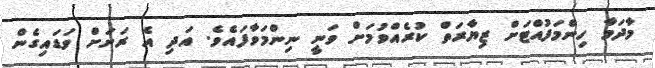
މާދަމާ ހިންމަފުއްޓަށް ޒިޔާރަތް ކުރެއްވުމަށް ވަނީ ނިންމަވާފައެވެ. އަދި އެ ރަށަށް ވަޑައިގެން